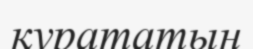
қурататын